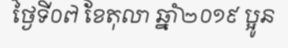
ថ្ងៃទី០៧ ខែតុលា ឆ្នាំ២០១៩ ប្អូន